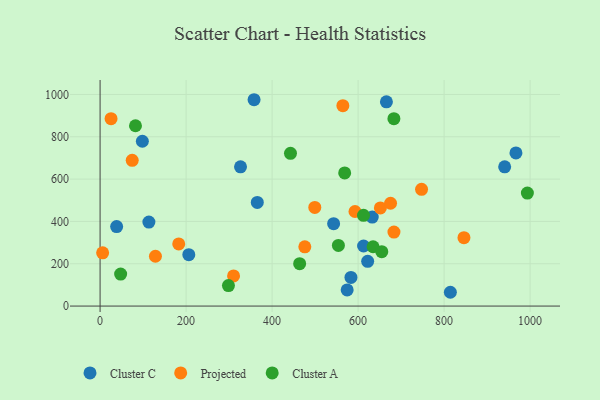
{"axis": {"x": "Experience", "y": "Demand"}, "legend": ["Cluster A", "Cluster C", "Projected"], "data": [{"x": "622.3", "y": 211.3, "type": "Cluster C"}, {"x": "358.1", "y": 975.1, "type": "Cluster C"}, {"x": "814.6", "y": 65.2, "type": "Cluster C"}, {"x": "665.9", "y": 965.3, "type": "Cluster C"}, {"x": "38.5", "y": 375.6, "type": "Cluster C"}, {"x": "632.9", "y": 420.5, "type": "Cluster C"}, {"x": "113.5", "y": 397.0, "type": "Cluster C"}, {"x": "612.8", "y": 283.9, "type": "Cluster C"}, {"x": "574.6", "y": 76.1, "type": "Cluster C"}, {"x": "940.9", "y": 658.1, "type": "Cluster C"}, {"x": "98.3", "y": 778.8, "type": "Cluster C"}, {"x": "365.6", "y": 489.7, "type": "Cluster C"}, {"x": "326.6", "y": 658.1, "type": "Cluster C"}, {"x": "206.3", "y": 242.7, "type": "Cluster C"}, {"x": "967.1", "y": 723.7, "type": "Cluster C"}, {"x": "543.1", "y": 389.3, "type": "Cluster C"}, {"x": "583.4", "y": 135.6, "type": "Cluster C"}, {"x": "128.7", "y": 235.5, "type": "Projected"}, {"x": "499.3", "y": 466.3, "type": "Projected"}, {"x": "846.2", "y": 323.3, "type": "Projected"}, {"x": "592.8", "y": 447.0, "type": "Projected"}, {"x": "25.5", "y": 885.5, "type": "Projected"}, {"x": "747.6", "y": 551.6, "type": "Projected"}, {"x": "5.9", "y": 251.4, "type": "Projected"}, {"x": "476.1", "y": 280.0, "type": "Projected"}, {"x": "651.8", "y": 463.9, "type": "Projected"}, {"x": "74.7", "y": 688.6, "type": "Projected"}, {"x": "564.6", "y": 947.1, "type": "Projected"}, {"x": "683.4", "y": 349.8, "type": "Projected"}, {"x": "310.4", "y": 142.3, "type": "Projected"}, {"x": "675.5", "y": 485.9, "type": "Projected"}, {"x": "182.9", "y": 293.5, "type": "Projected"}, {"x": "554.2", "y": 286.7, "type": "Cluster A"}, {"x": "568.8", "y": 629.2, "type": "Cluster A"}, {"x": "993.7", "y": 533.8, "type": "Cluster A"}, {"x": "82.3", "y": 852.1, "type": "Cluster A"}, {"x": "298.5", "y": 96.8, "type": "Cluster A"}, {"x": "683.3", "y": 885.7, "type": "Cluster A"}, {"x": "634.9", "y": 280.4, "type": "Cluster A"}, {"x": "655.1", "y": 257.2, "type": "Cluster A"}, {"x": "612.6", "y": 428.7, "type": "Cluster A"}, {"x": "47.8", "y": 151.1, "type": "Cluster A"}, {"x": "442.8", "y": 721.6, "type": "Cluster A"}, {"x": "464.1", "y": 200.3, "type": "Cluster A"}]}